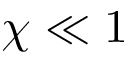
\chi \ll 1